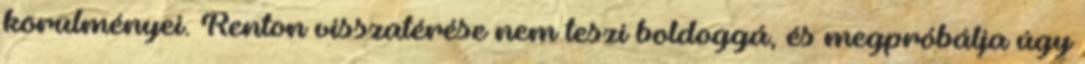
körülményei. Renton visszatérése nem teszi boldoggá, és megpróbálja úgy